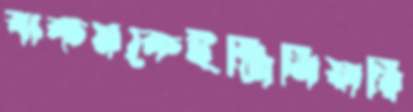
ঝকমকেইঞ্জিনিয়ারি